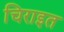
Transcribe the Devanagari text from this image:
चिराइत